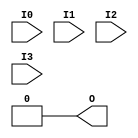
module EFX_LUT4(
   output O, 
   input I0,
   input I1,
   input I2,
   input I3
);
	parameter LUTMASK = 16'h0000;

	wire [7:0] s3 = I3 ? LUTMASK[15:8] : LUTMASK[7:0];
	wire [3:0] s2 = I2 ?      s3[ 7:4] :      s3[3:0];
	wire [1:0] s1 = I1 ?      s2[ 3:2] :      s2[1:0];
	assign O = I0 ? s1[1] : s1[0];	   
endmodule